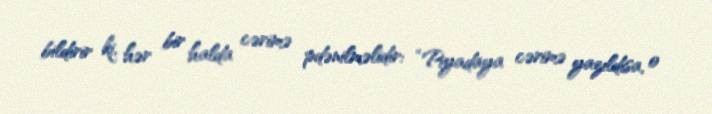
bildirir ki, hər bir halda cərimə pdənilməlidir: “Piyadaya cərimə yazıldısa, o